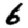
Digit: 6